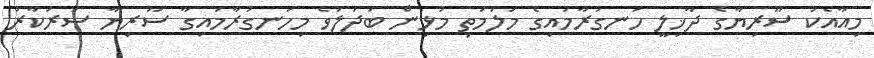
މިއާއެކު ސޫރިޔާގެ ދާޚިލީ ހަނގުރާމައިގެ މަލަމަތި މުޅިން ބަދަލުވެ މިހަނގުރާމައިގާ ސޫރިޔާ ސަރުކާރު